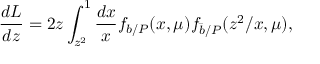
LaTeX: \frac { d L } { d z } = 2 z \int _ { z ^ { 2 } } ^ { 1 } \frac { d x } { x } f _ { b / P } ( x , \mu ) f _ { \bar { b } / P } ( z ^ { 2 } / x , \mu ) ,